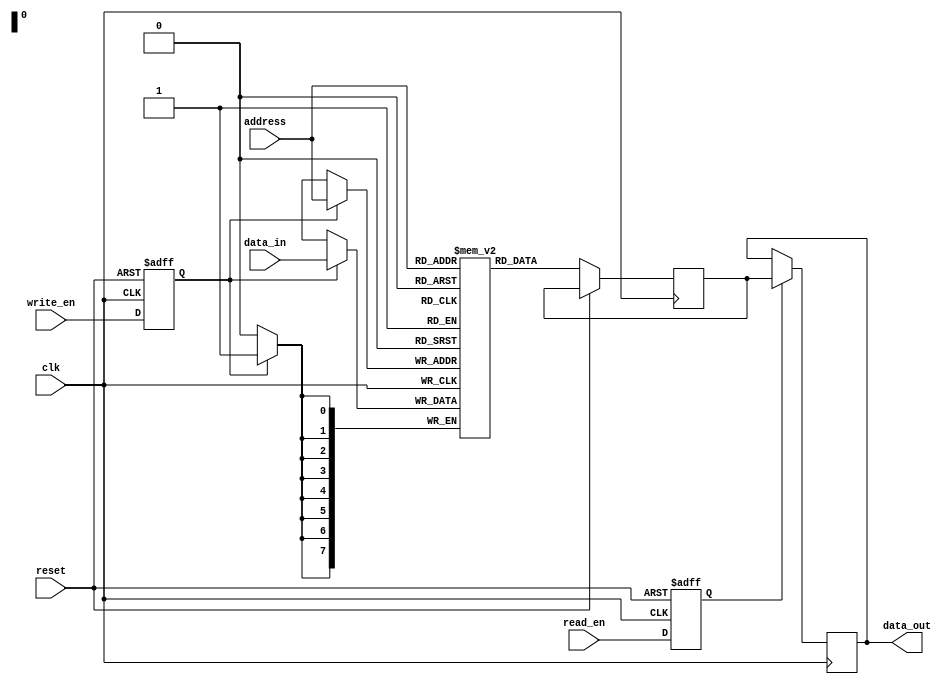
module NVRAM (
    input wire clk,             // Clock input
    input wire reset,           // Reset input
    input wire read_en,         // Read enable input
    input wire write_en,        // Write enable input
    input wire [7:0] address,   // Address input
    input wire [7:0] data_in,   // Data input
    output reg [7:0] data_out   // Data output
);

// Storage elements (flip-flops)
reg [7:0] memory [0:255];      // 256 bytes of memory storage

// Control logic
reg read_enable, write_enable;
reg [7:0] selected_data;

// Address decoding
always @ (posedge clk or posedge reset)
begin
    if (reset) begin
        read_enable <= 1'b0;
        write_enable <= 1'b0;
    end else begin
        read_enable <= read_en;
        write_enable <= write_en;
        
        selected_data <= memory[address];
    end
end

// Write protection (not implemented in this example)

// Power-fail circuitry (not implemented in this example)

// Read operation
always @ (posedge clk)
begin
    if (read_enable) begin
        data_out <= selected_data;
    end
end

// Write operation
always @ (posedge clk)
begin
    if (write_enable) begin
        memory[address] <= data_in;
    end
end

endmodule